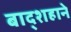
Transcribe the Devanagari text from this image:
बाद्शहाने